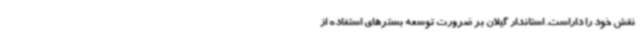
نقش خود را داراست. استاندار گیلان بر ضرورت توسعه بسترهای استفاده از